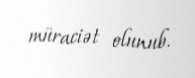
müraciət olunub.